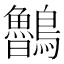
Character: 𪈂